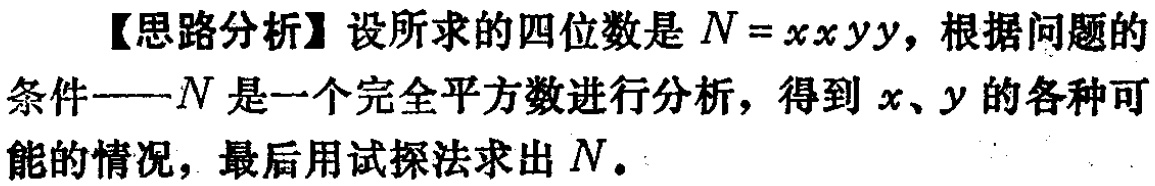
【思路分析】设所求的四位数是\(N = xx yy\)，根据问题的条件——\(N\)是一个完全平方数进行分析，得到\(x、y\)的各种可能的情况，最后用试探法求出\(N\)。